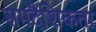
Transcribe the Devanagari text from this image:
समदैशिकता